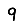
Digit: 9